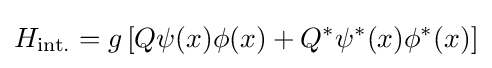
H_{\text{int.}}=g\left[Q\psi (x)\phi (x)+Q^{*}\psi ^{*}(x)\phi ^{*}(x)\right]